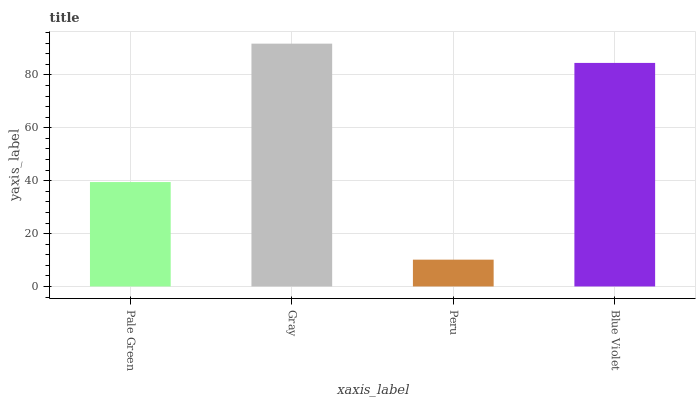
| xaxis_label | bars |
 | --- | --- |
 | Pale Green | 39.5 |
 | Gray | 91.8 |
 | Peru | 10.1 |
 | Blue Violet | 84.6 |